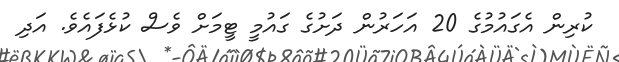
ކުރިން އެގައުމުގެ 20 އަހަރުން ދަށުގެ ގައުމީ ޓީމަށް ވެސް ކުޅެފައެވެ. އަދި